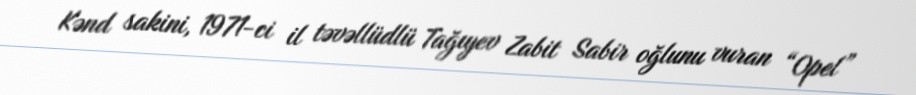
Kənd sakini, 1971-ci il təvəllüdlü Tağıyev Zabit Sabir oğlunu vuran “Opel”